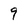
Character: 9